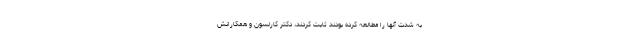
به شدت آنها را مطالعه کرده بودند ثابت کردند، دکتر کارلسون و همکارانش